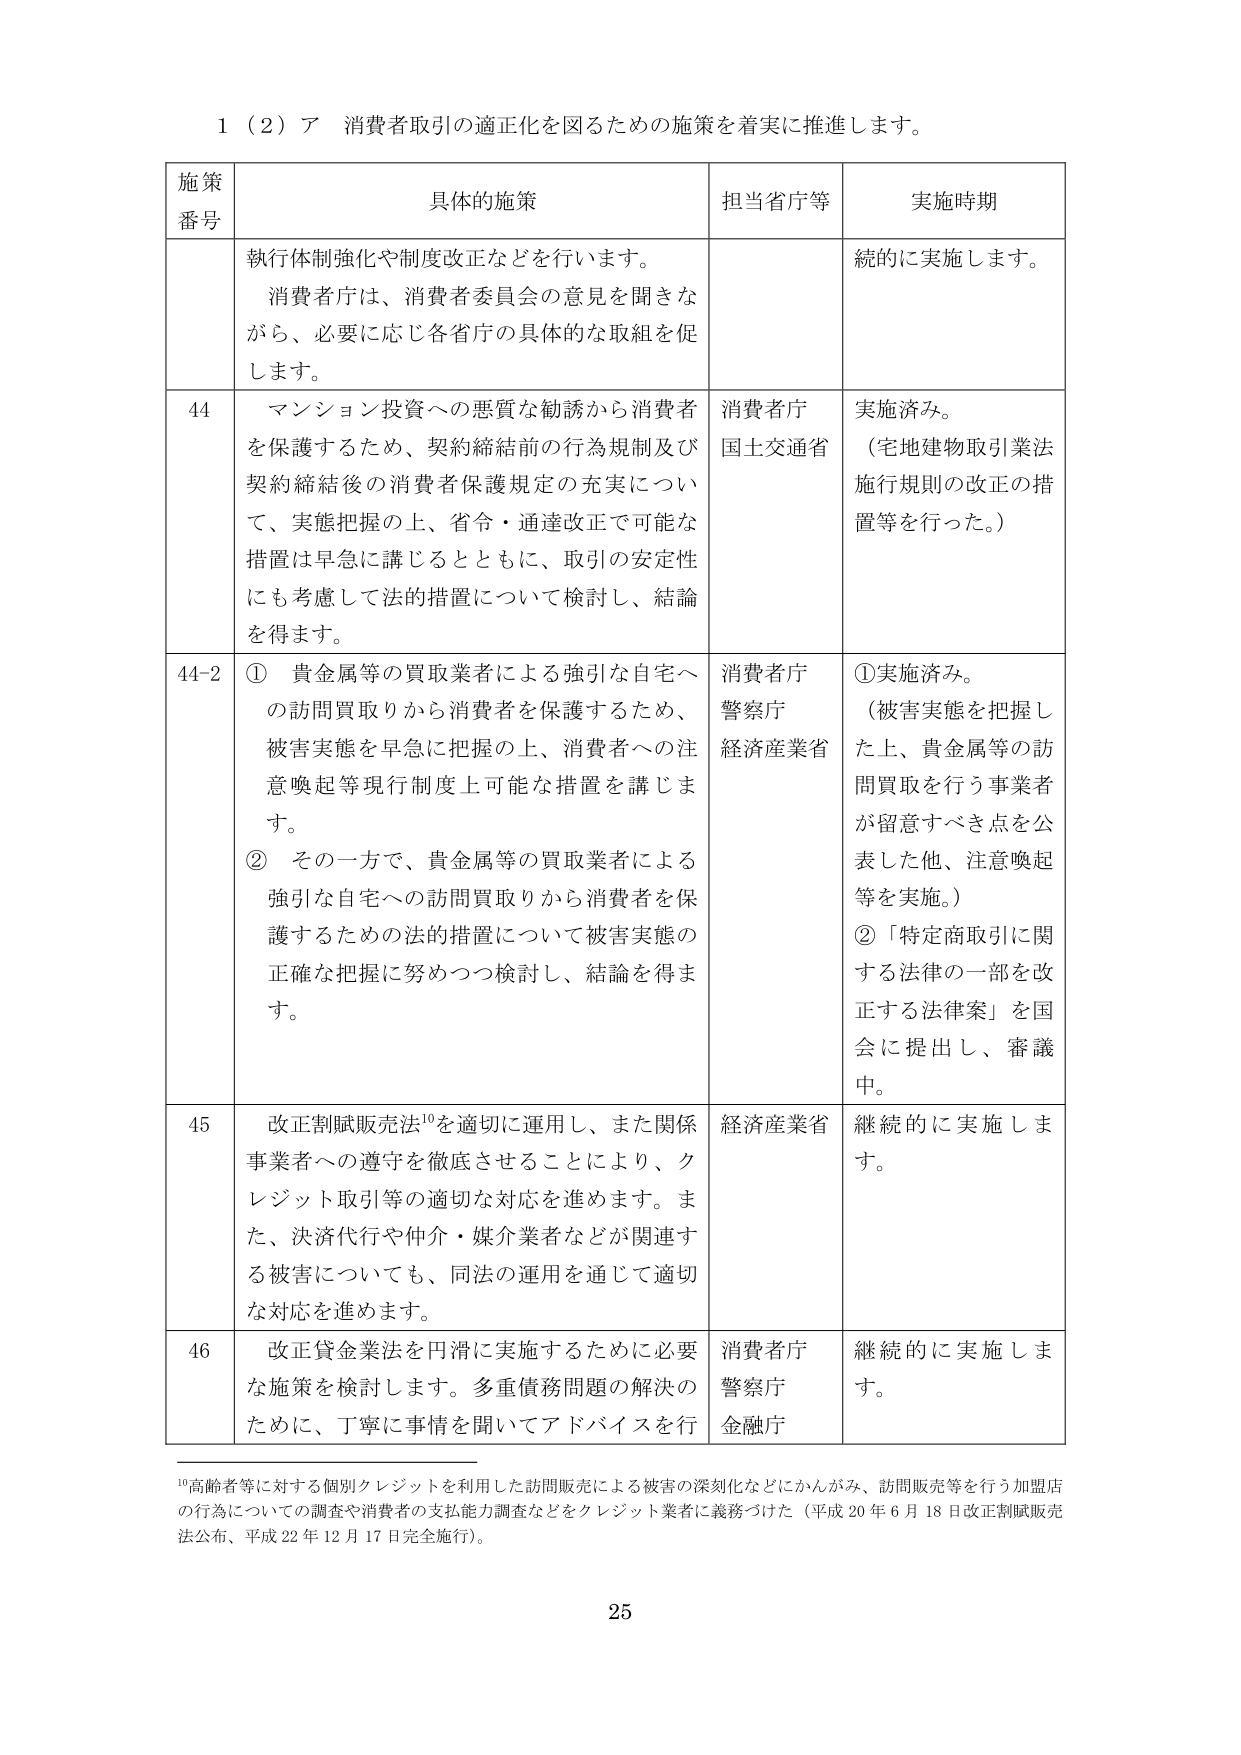
1（2）ア 消費者取引の適正化を図るための施策を着実に推進します。

施策番号	具体的施策	担当省庁等	実施時期
	執行体制強化や制度改正などを行います。消費者庁は、消費者委員会の意見を聞きながら、必要に応じ各省庁の具体的な取組を促します。		続的に実施します。
44	マンション投資への悪質な勧誘から消費者を保護するため、契約締結前の行為規制及び契約締結後の消費者保護規定の充実について、実態把握の上、省令・通達改正で可能な措置は早急に講じるとともに、取引の安定性にも考慮して法的措置について検討し、結論を得ます。	消費者庁国土交通省	実施済み。（宅地建物取引業法施行規則の改正の措置等を行った。）
44-2	① 貴金属等の買取業者による強引な自宅への訪問買取りから消費者を保護するため、被害実態を早急に把握の上、消費者への注意喚起等現行制度上可能な措置を講じます。② その一方で、貴金属等の買取業者による強引な自宅への訪問買取りから消費者を保護するための法的措置について被害実態の正確な把握に努めつつ検討し、結論を得ます。	消費者庁警察庁経済産業省	①実施済み。（被害実態を把握した上、貴金属等の訪問買取を行う事業者が留意すべき点を公表した他、注意喚起等を実施。）②「特定商取引に関する法律の一部を改正する法律案」を国会に提出し、審議中。
45	改正割賦販売法¹⁰を適切に運用し、また関係事業者への遵守を徹底させることにより、クレジット取引等の適切な対応を進めます。また、決済代行や仲介・媒介業者などが関連する被害についても、同法の運用を通じて適切な対応を進めます。	経済産業省	継続的に実施します。
46	改正貸金業法を円滑に実施するために必要な施策を検討します。多重債務問題の解決のために、丁寧に事情を聞いてアドバイスを行	消費者庁警察庁金融庁	継続的に実施します。

¹⁰高齢者等に対する個別クレジットを利用した訪問販売による被害の深刻化などにかんがみ、訪問販売等を行う加盟店の行為についての調査や消費者の支払能力調査などをクレジット業者に義務づけた（平成20年6月18日改正割賦販売法公布、平成22年12月17日完全施行）。

25